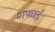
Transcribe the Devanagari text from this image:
शफाई